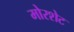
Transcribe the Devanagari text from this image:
मोरशेट